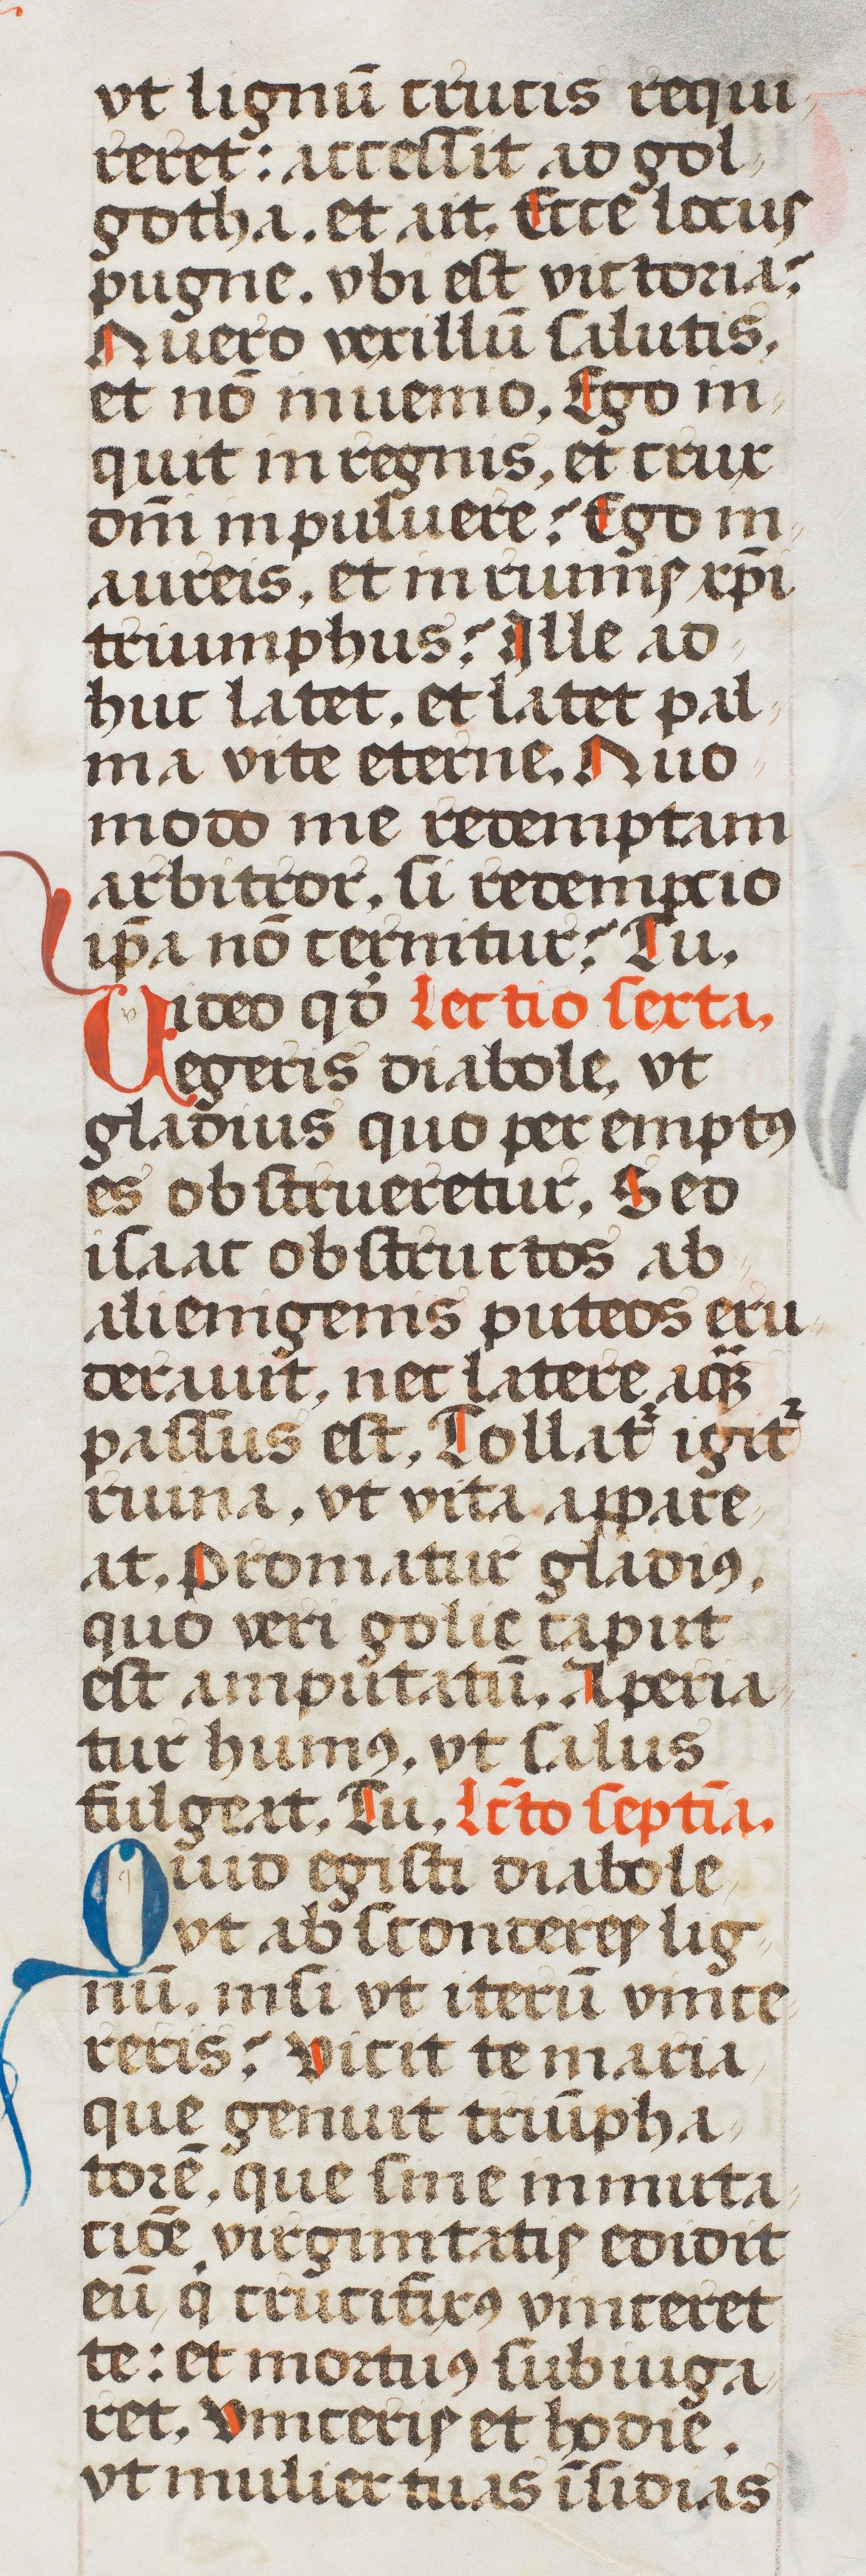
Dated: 1507–1517